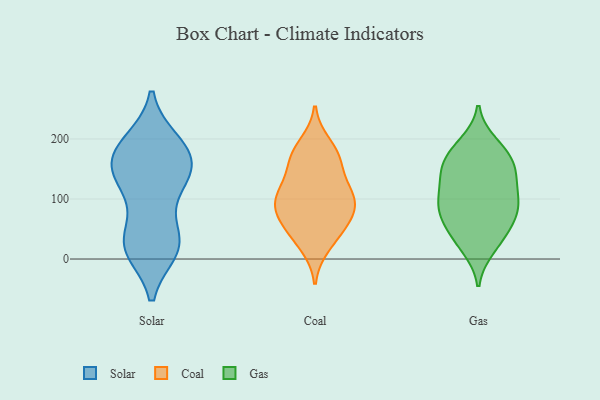
{"axis": {"x": "Temperature (°C)", "y": "Value"}, "legend": ["Coal", "Gas", "Solar"], "data": [{"x": "", "y": 195, "type": "Solar"}, {"x": "", "y": 120, "type": "Solar"}, {"x": "", "y": 16, "type": "Solar"}, {"x": "", "y": 24, "type": "Solar"}, {"x": "", "y": 19, "type": "Solar"}, {"x": "", "y": 153, "type": "Solar"}, {"x": "", "y": 192, "type": "Solar"}, {"x": "", "y": 186, "type": "Solar"}, {"x": "", "y": 153, "type": "Solar"}, {"x": "", "y": 34, "type": "Solar"}, {"x": "", "y": 152, "type": "Solar"}, {"x": "", "y": 136, "type": "Solar"}, {"x": "", "y": 36, "type": "Solar"}, {"x": "", "y": 153, "type": "Solar"}, {"x": "", "y": 183, "type": "Solar"}, {"x": "", "y": 15, "type": "Solar"}, {"x": "", "y": 102, "type": "Solar"}, {"x": "", "y": 168, "type": "Coal"}, {"x": "", "y": 63, "type": "Coal"}, {"x": "", "y": 166, "type": "Coal"}, {"x": "", "y": 129, "type": "Coal"}, {"x": "", "y": 92, "type": "Coal"}, {"x": "", "y": 169, "type": "Coal"}, {"x": "", "y": 39, "type": "Coal"}, {"x": "", "y": 100, "type": "Coal"}, {"x": "", "y": 191, "type": "Coal"}, {"x": "", "y": 88, "type": "Coal"}, {"x": "", "y": 77, "type": "Coal"}, {"x": "", "y": 54, "type": "Coal"}, {"x": "", "y": 22, "type": "Coal"}, {"x": "", "y": 107, "type": "Coal"}, {"x": "", "y": 113, "type": "Coal"}, {"x": "", "y": 49, "type": "Gas"}, {"x": "", "y": 84, "type": "Gas"}, {"x": "", "y": 183, "type": "Gas"}, {"x": "", "y": 98, "type": "Gas"}, {"x": "", "y": 122, "type": "Gas"}, {"x": "", "y": 151, "type": "Gas"}, {"x": "", "y": 92, "type": "Gas"}, {"x": "", "y": 145, "type": "Gas"}, {"x": "", "y": 45, "type": "Gas"}, {"x": "", "y": 25, "type": "Gas"}, {"x": "", "y": 176, "type": "Gas"}, {"x": "", "y": 192, "type": "Gas"}, {"x": "", "y": 89, "type": "Gas"}, {"x": "", "y": 78, "type": "Gas"}, {"x": "", "y": 146, "type": "Gas"}, {"x": "", "y": 18, "type": "Gas"}, {"x": "", "y": 163, "type": "Gas"}, {"x": "", "y": 125, "type": "Gas"}, {"x": "", "y": 69, "type": "Gas"}]}